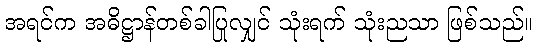
အရင်က အဓိဋ္ဌာန်တစ်ခါပြုလျှင် သုံးရက် သုံးညသာ ဖြစ်သည်။